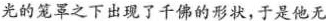
光的笼罩之下出现了千佛的形状，于是他无